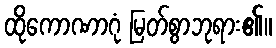
ထိုကောဏာဂုံ မြတ်စွာဘုရား၏။